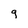
Character: g